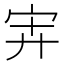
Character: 𰌹